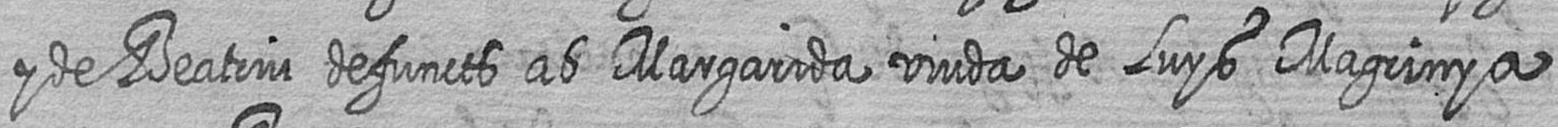
y de Beatriu defuncts ab Margarida viuda de Luys Magrinya